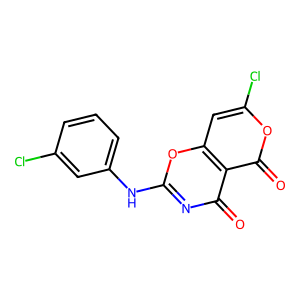
SMILES: O=c1nc(Nc2cccc(Cl)c2)oc2cc(Cl)oc(=O)c12
Inhibits HIV replication: No